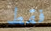
فقط